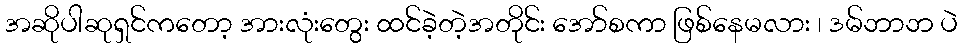
အဆိုပါဆုရှင်ကတော့ အားလုံးတွေး ထင်ခဲ့တဲ့အတိုင်း အော်စကာ ဖြစ်နေမလား ၊ ဒမ်ဘာဘ ပဲ